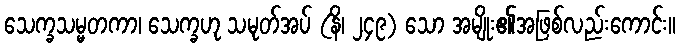
သေက္ခသမ္မတကာ၊ သေက္ခဟု သမုတ်အပ် (နိ၊ ၂၄၉) သော အမျိုး၏အဖြစ်လည်းကောင်း။